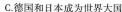
C.德国和日本成为世界大国